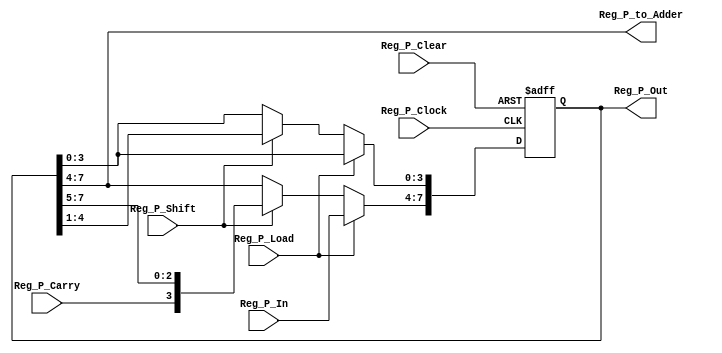
module Reg_P(
Reg_P_Clock,
Reg_P_Clear,
Reg_P_In,
Reg_P_Load,
Reg_P_Shift,
Reg_P_Out,
Reg_P_Carry,
Reg_P_to_Adder
);
 
input Reg_P_Clock;
input Reg_P_Clear;
input [3:0] Reg_P_In;
input Reg_P_Shift;
input Reg_P_Load;
input Reg_P_Carry;

output [7:0] Reg_P_Out;
output [3:0] Reg_P_to_Adder;

reg [7:0] P_Reg;

always@(posedge Reg_P_Clock or posedge Reg_P_Clear)
 begin 
	if(Reg_P_Clear)
		P_Reg<=8'b0;
	else if(Reg_P_Load)
		P_Reg[7:4]<=Reg_P_In;
	else if(Reg_P_Shift)
    P_Reg <= {Reg_P_Carry,P_Reg[7:1]};
	else 
	P_Reg <= P_Reg;
end

assign Reg_P_Out = P_Reg;
assign Reg_P_to_Adder = P_Reg[7:4];

endmodule